Annual report on the lock hospitals of the Madras Presidency
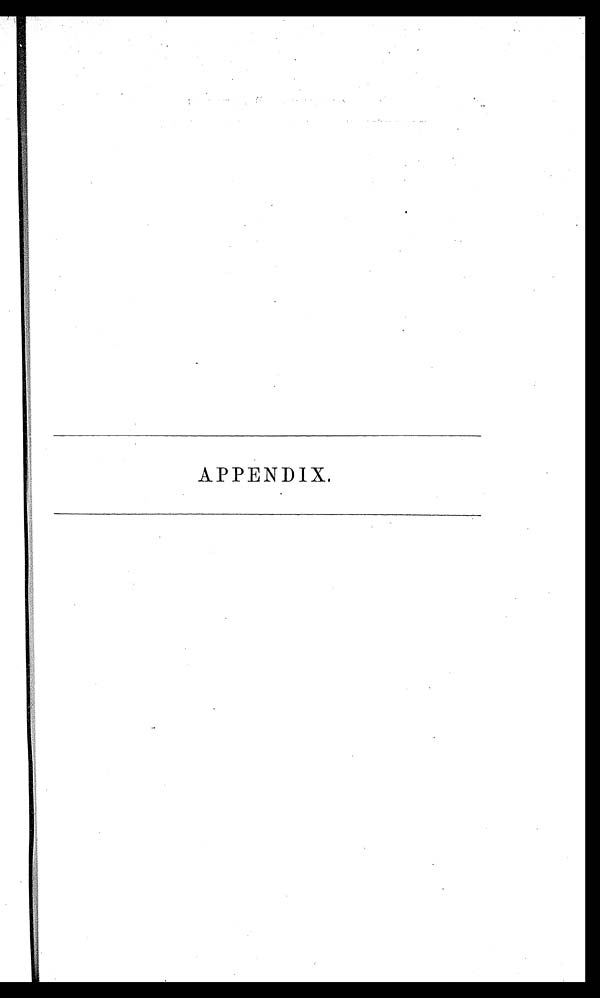
APPENDIX.